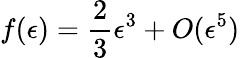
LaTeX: f(\epsilon)=\frac{2}{3}\epsilon^{3}+O(\epsilon^{5})